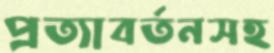
প্রত্যাবর্তনসহ